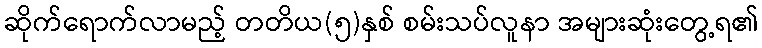
ဆိုက်ရောက်လာမည့် တတိယ(၅)နှစ် စမ်းသပ်လူနာ အများဆုံးတွေ့ရ၏